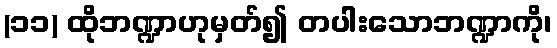
(၁၁) ထိုဘဏ္ဍာဟုမှတ်၍ တပါးသောဘဏ္ဍာကို၊